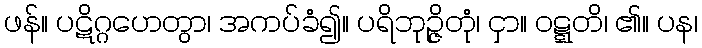
ဖန်။ ပဋိဂ္ဂဟေတွာ၊ အကပ်ခံ၍။ ပရိဘုဉ္ဇိတုံ၊ ငှာ။ ဝဋ္ဋတိ၊ ၏။ ပန၊